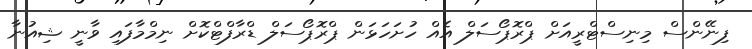
ފިނޭންސް މިނިސްޓްރީއަަށް ޕްރޮޕޯސަލް އެއް ހުށަހަޅަން ޕްރޮޕޯސަލް ޑްރާފްޓްްކޮށް ނިމްމާފައި ވާނީ ޝިއުނާ